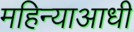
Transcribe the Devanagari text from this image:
महिन्याआधी